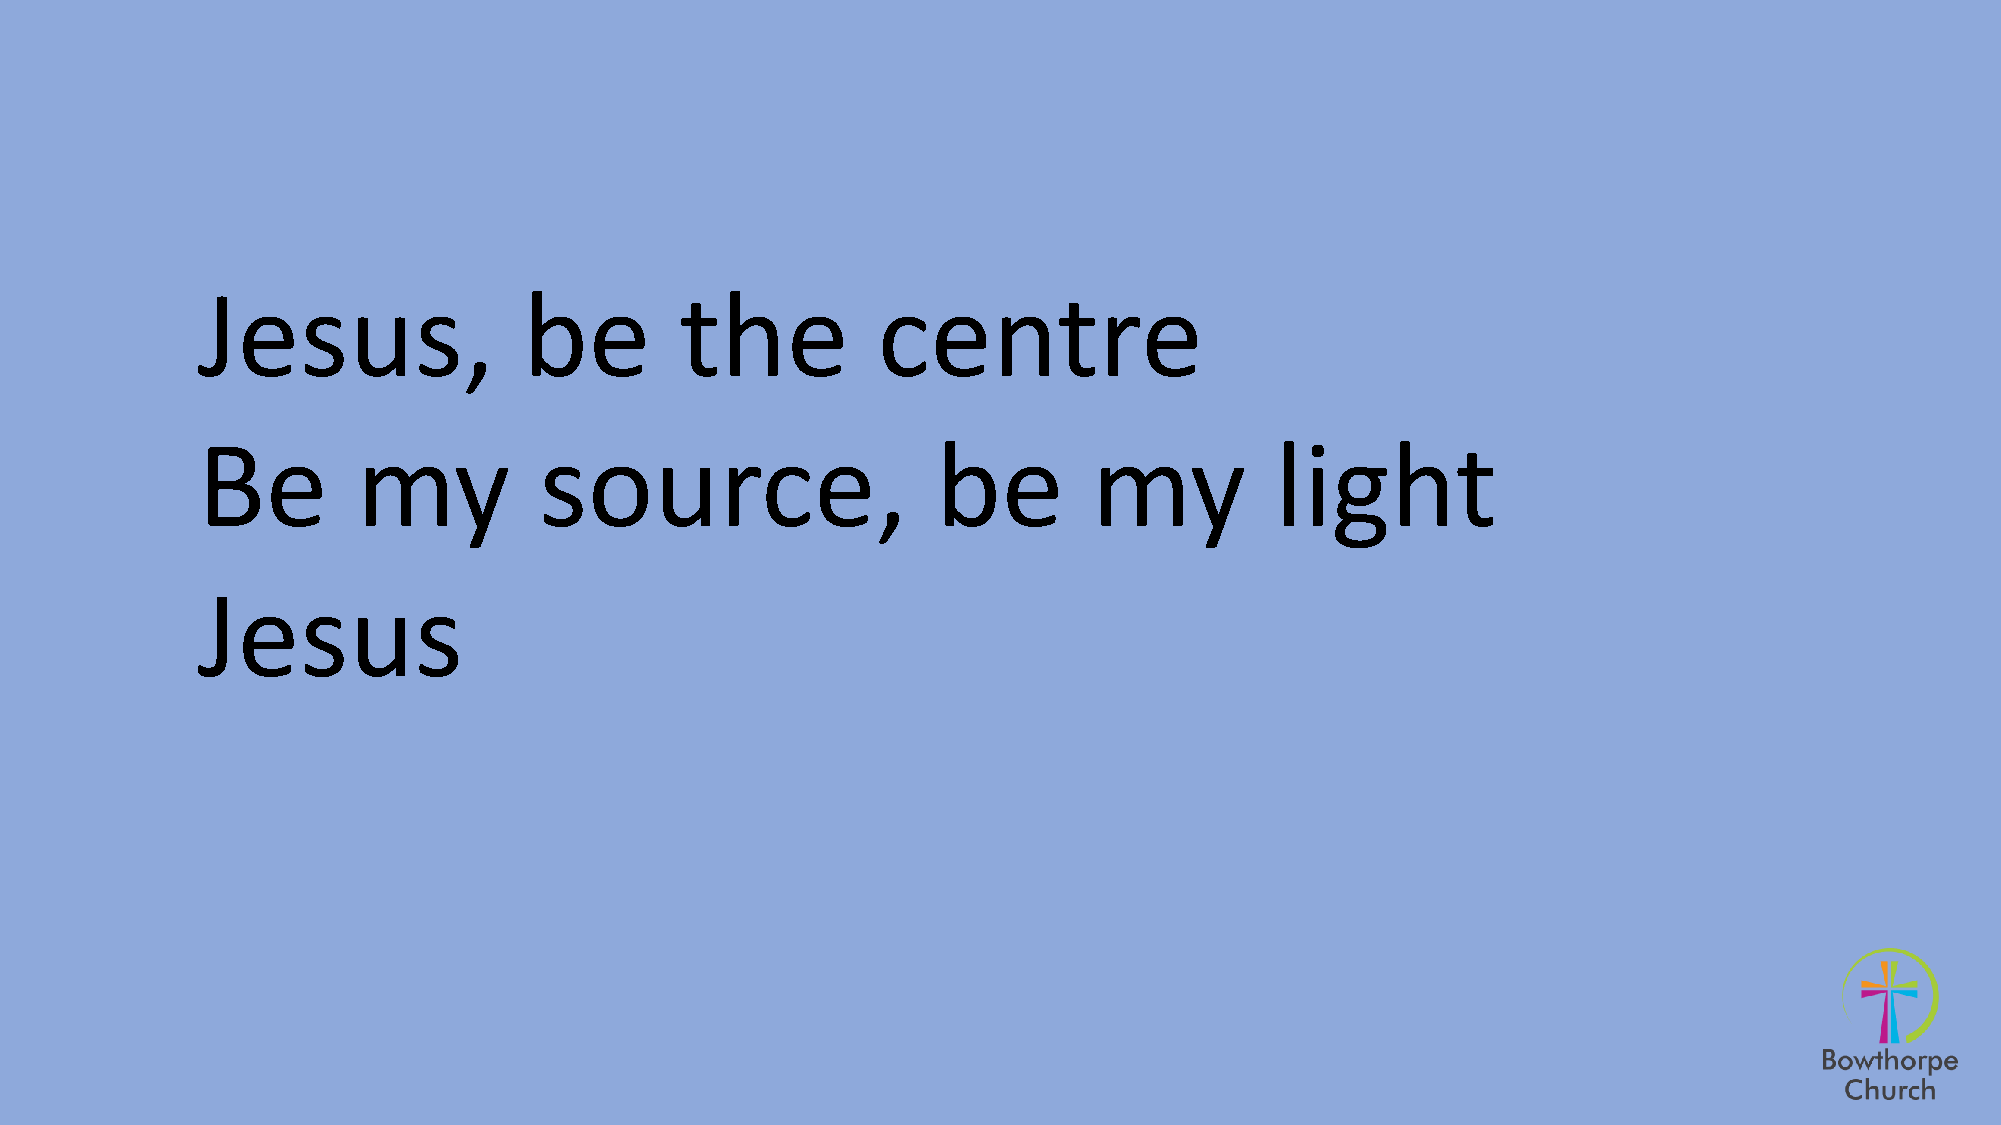
Jesus,                be        the          centre
 Be         my          source,                   be        my          light
 Jesus